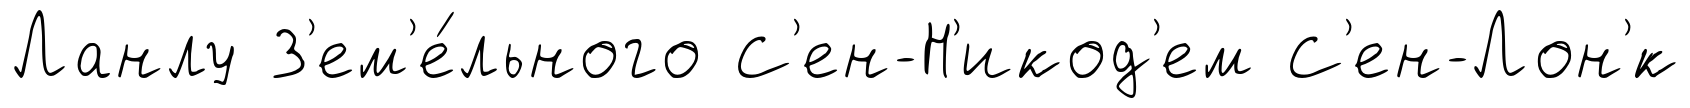
Ланлу З'ем'е́льного С'ен-Н'икод'ем С'ен-Лон'́к